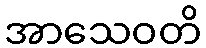
အာသေဝတိ